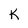
Character: K